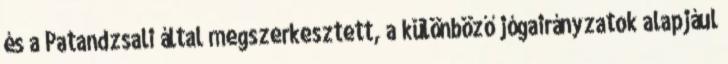
és a Patandzsali által megszerkesztett, a különböző jógairányzatok alapjául